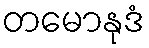
တမောနုဒံ